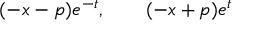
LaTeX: ( - x - p ) e ^ { - t } , \qquad ( - x + p ) e ^ { t }